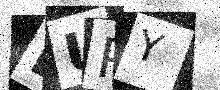
Text: LUPY